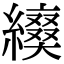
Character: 𦆌